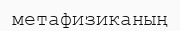
метафизиканың